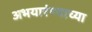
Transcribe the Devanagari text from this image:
अभयारंण्याच्या